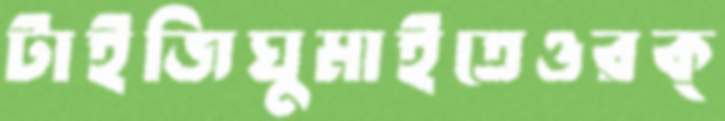
টাইজিঘুমাইতেওরক্